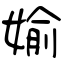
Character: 媮